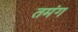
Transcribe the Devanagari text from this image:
तमंग